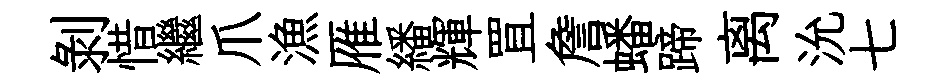
剥惜繼爪漁雁繙輝罝詹蟠蹄离沇七